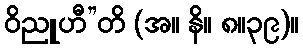
ဝိညူဟီ”တိ (အ။ နိ။ ၈။၃၉)။